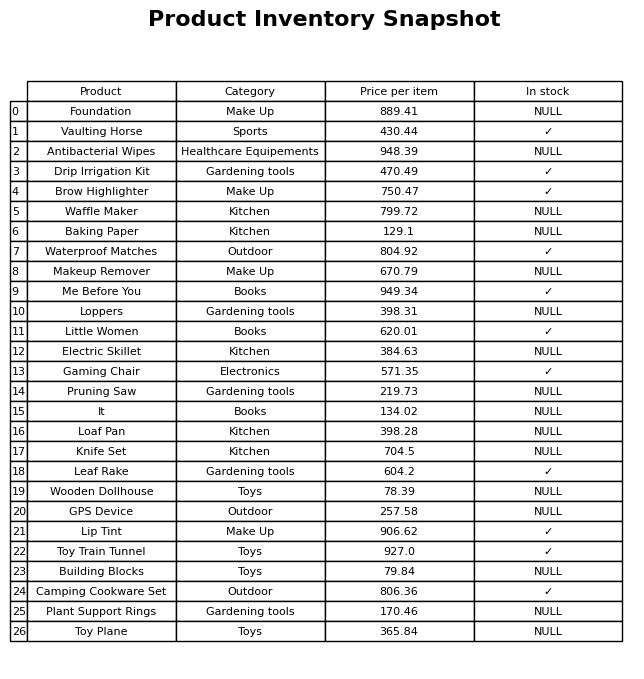
question: What is the stock status of the Waterproof Matches?
answer: ✓